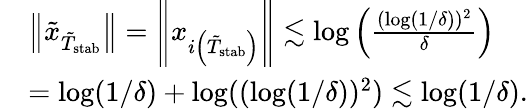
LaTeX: \begin{array}{rl}&{\left\| \tilde{x}_{\tilde{T}_{\mathrm{stab}}}\right\| =\left\| {x}_{i\left(\tilde{T}_{\mathrm{stab}}\right)}\right\| \lesssim\log\left(\frac{(\log(1/\delta))^{2}}{\delta}\right)}\\ &{=\log(1/\delta)+\log((\log(1/\delta))^{2})\lesssim\log(1/\delta).}\end{array}